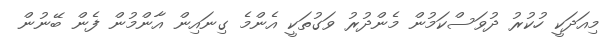
މިއަދަކީ ހުކުރު ދުވަސްކަމުން މެންދުރު ވަގުތަކީ އެންމެ ގިނައިން އާންމުން ފެން ބޭނުން